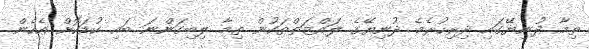
ތިމާ ދުނިޔޭގައި ދިރިހުރެމެ ދުނިޔޭގެ ލައްޒަތްތަކުން ތިމާ ލިބިގަންނަ ބައި ކުޑަކޮށް އެހެން